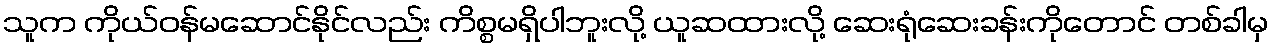
သူက ကိုယ်ဝန်မဆောင်နိုင်လည်း ကိစ္စမရှိပါဘူးလို့ ယူဆထားလို့ ဆေးရုံဆေးခန်းကိုတောင် တစ်ခါမှ